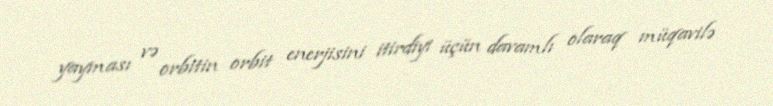
yayması və orbitin orbit enerjisini itirdiyi üçün davamlı olaraq müqavilə